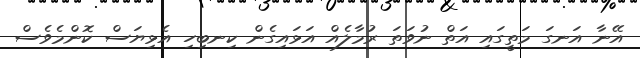
އޭނާ އަނގަ މަތީގައި އަތް ނުވަތަ ރުމާލެއް އަޅައިގެން ކިނބިހި އެޅިޔަސް ކޮންމެވެސް